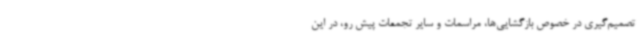
تصمیم‌گیری در خصوص بازگشایی‌ها، مراسمات و سایر تجمعات پیش رو، در این